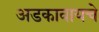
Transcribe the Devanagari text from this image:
अडकावायचे